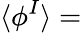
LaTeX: \langle\phi^{I}\rangle=